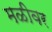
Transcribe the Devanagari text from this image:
मळीवर